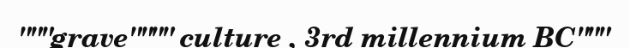
"""grave"""" culture , 3rd millennium BC"""